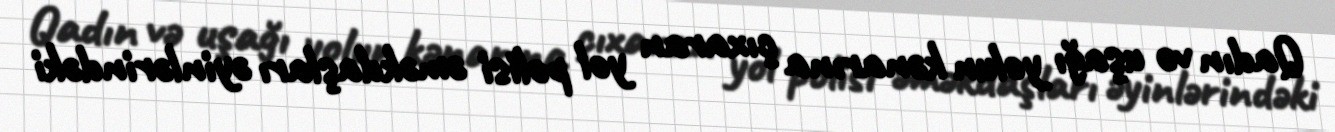
Qadın və uşağı yolun kənarına çıxaran yol polisi əməkdaşları əyinlərindəki